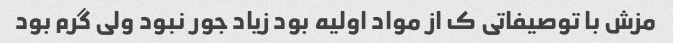
مزش با توصیفاتی ک از مواد اولیه بود زیاد جور نبود ولی گرم بود